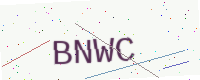
Text: BNWC